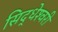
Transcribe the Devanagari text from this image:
सिद्धेश्‍वरी